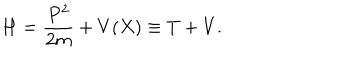
LaTeX: H = \frac { P ^ { 2 } } { 2 m } + V ( X ) \equiv T + V .